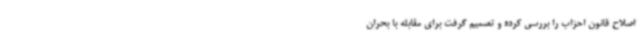
اصلاح قانون احزاب را بررسی کرده و تصمیم گرفت برای مقابله با بحران